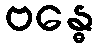
ဗန္ဓေ